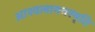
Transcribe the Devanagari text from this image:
आश्वलायनस्मृति